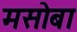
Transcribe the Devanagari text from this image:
मसोबा